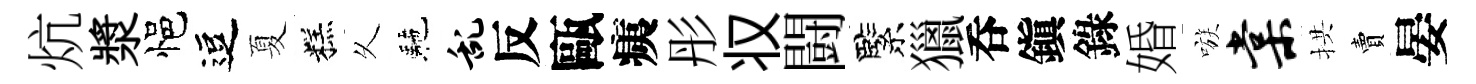
炕漿悒逗夏糕乆駰乱反甌痍彤𠬧闘緊獵呑鎭錄婚嗾棠拱賣晏